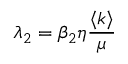
\lambda _ { 2 } = \beta _ { 2 } \eta \frac { \langle k \rangle } { \mu }